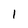
Character: 1